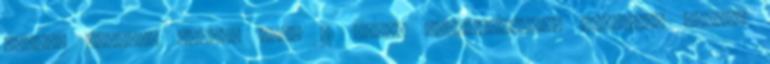
magyar nyelven jelent meg, 31 könyv szerkesztését végezte. Mûveit